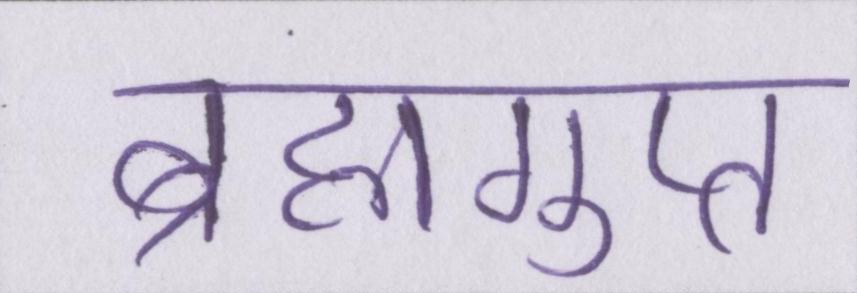
ब्रह्मगुप्त